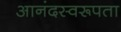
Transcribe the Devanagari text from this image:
आनंदस्वरूपता